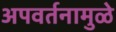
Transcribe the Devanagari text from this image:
अपवर्तनामुळे